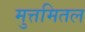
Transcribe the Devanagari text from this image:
मुत्तमितल